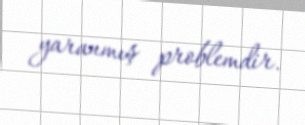
yaranmış problemdir.